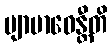
ဗျာဗာဓေန္တီတိ